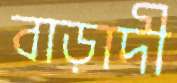
বাড়াদী